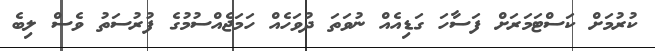
ކުރުމަށް ކަސްޓަމަރަށް ފަސާހަ ގަޑިއެއް ނުވަތަ ދުވަހެއް ހަމަޖެއްސުމުގެ ފުރުސަތު ވެސް ލިބެ